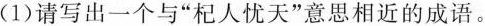
(1)请写出一个与”杞人忧天”意思相近的成语。